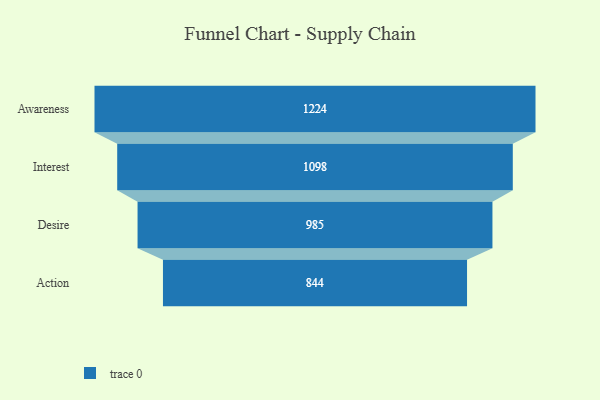
{"axis": {"x": "Stage", "y": "Value"}, "legend": [""], "data": [{"x": "Awareness", "y": 1224.0, "type": ""}, {"x": "Interest", "y": 1098.0, "type": ""}, {"x": "Desire", "y": 985.0, "type": ""}, {"x": "Action", "y": 844.0, "type": ""}]}